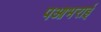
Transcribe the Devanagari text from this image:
पआभराई